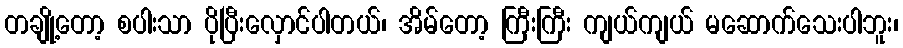
တချို့တော့ စပါးသာ ပိုပြီးလှောင်ပါတယ်၊ အိမ်တော့ ကြီးကြီး ကျယ်ကျယ် မဆောက်သေးပါဘူး၊